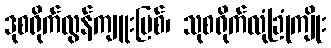
ဒုစရိုက်လွန်ကျူးပြစ်၊ သုစရိုက်လုံခြုံကျိုး